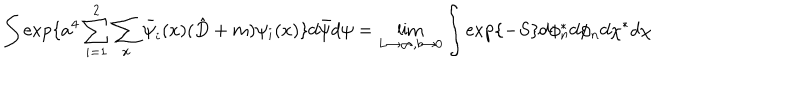
\int \exp \{ a ^ { 4 } \sum _ { i = 1 } ^ { 2 } \sum _ { x } \bar { \psi } _ { i } ( x ) ( \hat { D } + m ) \psi _ { i } ( x ) \} d \bar { \psi } d \psi = \lim _ { L \rightarrow \infty , b \rightarrow 0 } \int \exp \{ - S \} d \phi _ { n } ^ { * } d \phi _ { n } d \chi ^ { * } d \chi